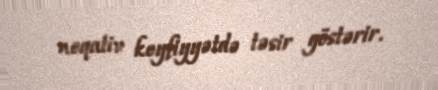
neqativ keyfiyyətdə təsir göstərir.